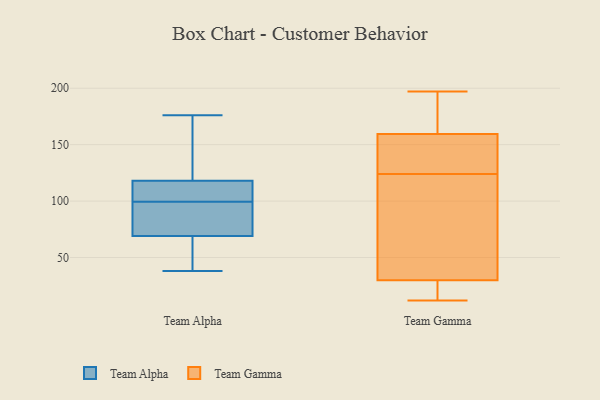
{"axis": {"x": "Population (Million)", "y": "Value"}, "legend": ["Team Alpha", "Team Gamma"], "data": [{"x": "", "y": 59, "type": "Team Alpha"}, {"x": "", "y": 114, "type": "Team Alpha"}, {"x": "", "y": 116, "type": "Team Alpha"}, {"x": "", "y": 176, "type": "Team Alpha"}, {"x": "", "y": 96, "type": "Team Alpha"}, {"x": "", "y": 87, "type": "Team Alpha"}, {"x": "", "y": 173, "type": "Team Alpha"}, {"x": "", "y": 89, "type": "Team Alpha"}, {"x": "", "y": 118, "type": "Team Alpha"}, {"x": "", "y": 38, "type": "Team Alpha"}, {"x": "", "y": 69, "type": "Team Alpha"}, {"x": "", "y": 170, "type": "Team Alpha"}, {"x": "", "y": 51, "type": "Team Alpha"}, {"x": "", "y": 103, "type": "Team Alpha"}, {"x": "", "y": 48, "type": "Team Gamma"}, {"x": "", "y": 35, "type": "Team Gamma"}, {"x": "", "y": 28, "type": "Team Gamma"}, {"x": "", "y": 141, "type": "Team Gamma"}, {"x": "", "y": 177, "type": "Team Gamma"}, {"x": "", "y": 197, "type": "Team Gamma"}, {"x": "", "y": 164, "type": "Team Gamma"}, {"x": "", "y": 146, "type": "Team Gamma"}, {"x": "", "y": 12, "type": "Team Gamma"}, {"x": "", "y": 124, "type": "Team Gamma"}, {"x": "", "y": 25, "type": "Team Gamma"}]}